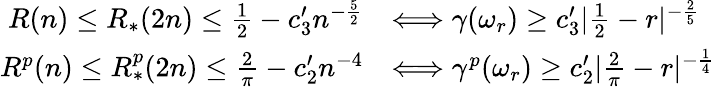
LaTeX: \begin{array}{rl}{R(n)\le R_{*}(2n)\le\frac{1}{2}-c_{3}^{\prime}n^{-\frac{5}{2}}}&{\Longleftrightarrow\gamma(\omega_{r})\ge c_{3}^{\prime}|\frac{1}{2}-r|^{-\frac{2}{5}}}\\ {R^{p}(n)\le R_{*}^{p}(2n)\le\frac{2}{\pi}-c_{2}^{\prime}n^{-4}}&{\Longleftrightarrow\gamma^{p}(\omega_{r})\ge c_{2}^{\prime}|\frac{2}{\pi}-r|^{-\frac{1}{4}}}\end{array}